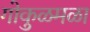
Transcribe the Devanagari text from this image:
गोकुळमळा